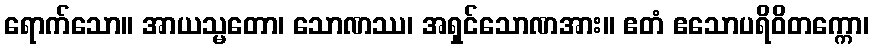
ရောက်သော။ အာယသ္မတော၊ သောဏဿ၊ အရှင်သောဏအား။ ဧတံ ဧသောပရိဝိတက္ကော၊